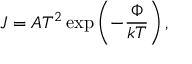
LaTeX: J = A T ^ { 2 } \exp \left( - { \frac { \Phi } { k T } } \right) ,